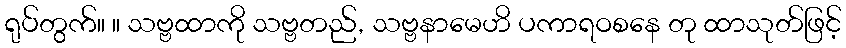
ရုပ်တွက်။ ။ သဗ္ဗထာကို သဗ္ဗတည်, သဗ္ဗနာမေဟိ ပကာရဝစနေ တု ထာသုတ်ဖြင့်